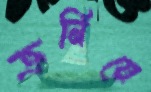
ক্রনিয়ে